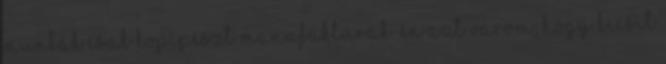
munkák csak kopipészt manufaktúrák. én azt várom, hogy kicsit